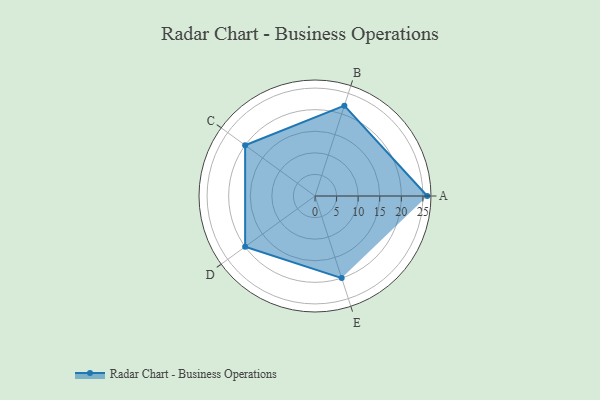
{"axis": {"x": "Skill", "y": "Score"}, "legend": ["Profile"], "data": [{"x": "A", "y": 26.0, "type": "Profile"}, {"x": "B", "y": 22.0, "type": "Profile"}, {"x": "C", "y": 20, "type": "Profile"}, {"x": "D", "y": 20, "type": "Profile"}, {"x": "E", "y": 20, "type": "Profile"}]}